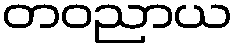
တဝညာယ